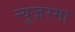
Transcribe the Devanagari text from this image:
न्यूज़रमा